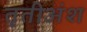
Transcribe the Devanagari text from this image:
तृतीअंश